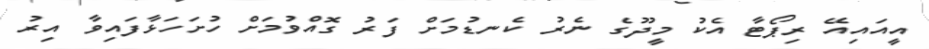
އީއައިއޭ ރިޕޯޓާ އެކު މީދޫގެ ނެރު ކެނޑުމަށް ފަރު ގޮއްވުމަށް ހުށަހަޅާފައިވާ އިރު